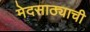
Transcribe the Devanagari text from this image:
मेदसाठ्याची